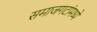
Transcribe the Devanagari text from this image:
समाजगटांमध्ये